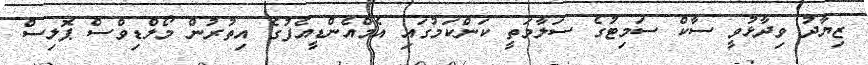
ޒިޔާދު ވިދާޅުވީ ސާކް ސަމިޓުގެ ސަލާމަތީ ކަންކަމުގައި އެމްއެންޑީއެފުގެ އިތުރުން މޯލްޑިވްސް ޕޮލިސް